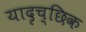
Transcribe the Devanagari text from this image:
यादृच्‍छिक